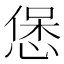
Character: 𭝱